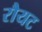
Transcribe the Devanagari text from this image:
रौयट